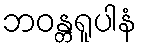
ဘဝန္တရူပါနံ